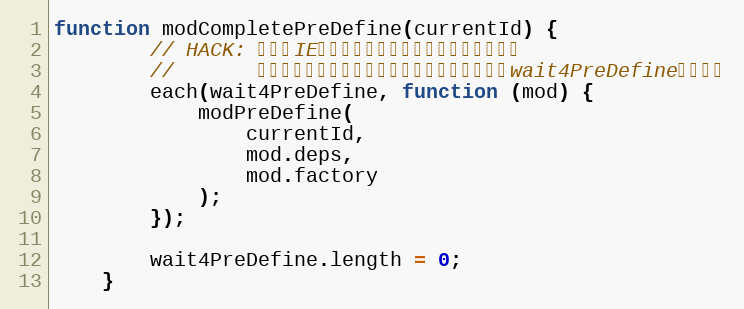
Language: JavaScript
function modCompletePreDefine(currentId) {
        // HACK: 这里在IE下有个性能陷阱，不能使用任何变量。
        //       否则貌似会形成变量引用和修改的读写锁，导致wait4PreDefine释放困难
        each(wait4PreDefine, function (mod) {
            modPreDefine(
                currentId,
                mod.deps,
                mod.factory
            );
        });

        wait4PreDefine.length = 0;
    }